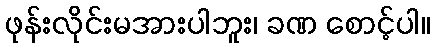
ဖုန်းလိုင်းမအားပါဘူး၊ ခဏ စောင့်ပါ။